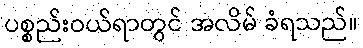
ပစ္စည်းဝယ်ရာတွင် အလိမ် ခံရသည်။